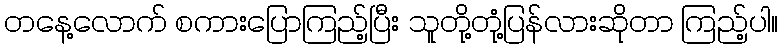
တနေ့လောက် စကားပြောကြည့်ပြီး သူတို့တုံ့ပြန်လားဆိုတာ ကြည့်ပါ။